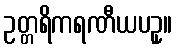
ဥတ္တရိကရဏီယပဥှ။